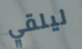
ليلقي